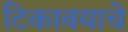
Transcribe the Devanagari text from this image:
टिकावयाचे